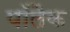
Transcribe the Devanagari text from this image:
पॉलैक